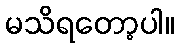
မသိရတော့ပါ။